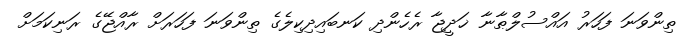
ތިންވަނަ ފަހަރު އައްސުލްޠާނާ ޚަދީޖާ ރެހެންދި ކަނބައިދިކިލެގެ ތިންވަނަ ފަހަރަށް ރާއްޖޭގެ ރަނިކަމަށް